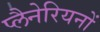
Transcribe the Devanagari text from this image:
प्लैनेरियनों